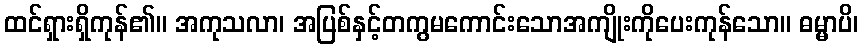
ထင်ရှားရှိကုန်၏။ အကုသလာ၊ အပြစ်နှင့်တကွမကောင်းသောအကျိုးကိုပေးကုန်သော။ ဓမ္မာပိ၊